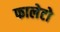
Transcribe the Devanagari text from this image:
फालेटो